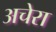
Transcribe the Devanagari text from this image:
अचेरा